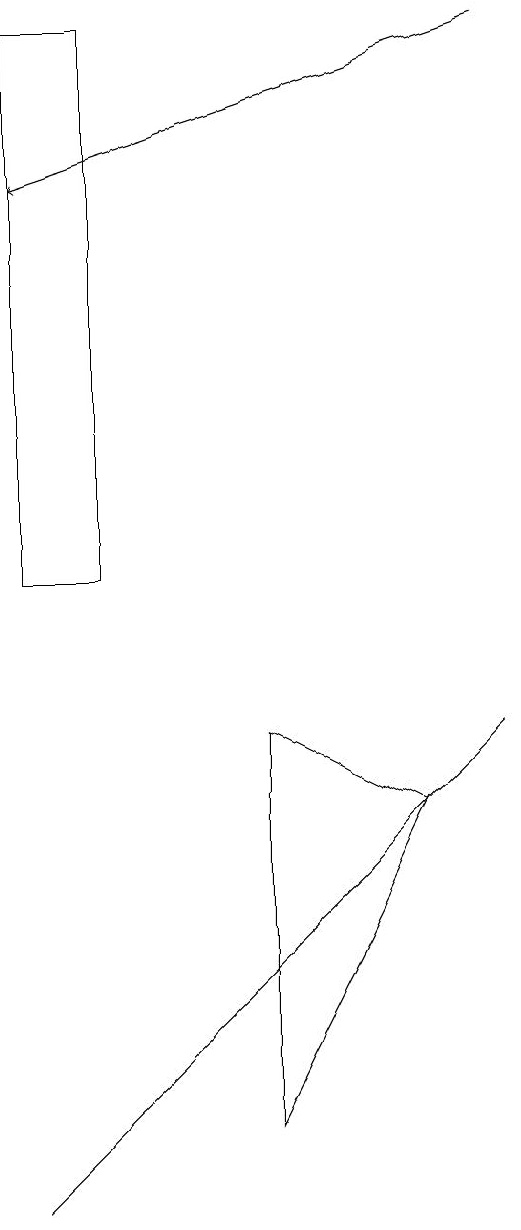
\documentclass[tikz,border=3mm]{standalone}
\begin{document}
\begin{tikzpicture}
\draw (6,4) -- (6,9) -- (8,8) -- cycle;
\draw (4,11) rectangle (3,18);
\draw (9,9) -- (3,3) -- (4,4) -- cycle;
\draw[->] (9,18) -- (3,16);
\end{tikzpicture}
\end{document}